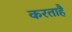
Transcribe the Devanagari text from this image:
करताहै